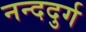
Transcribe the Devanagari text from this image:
नन्ददुर्ग